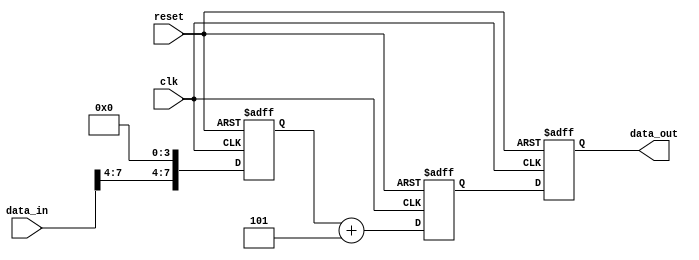
module shift_add_register (
    input wire clk,
    input wire reset,
    input wire [7:0] data_in,
    output reg [7:0] data_out
);

reg [7:0] shift_result;
reg [7:0] add_result;

// Sequential logic block for shifting the input data to the left by 3 positions
always @(posedge clk or posedge reset) begin
    if (reset) begin
        shift_result <= 8'b00000000;
    end else begin
        shift_result <= {data_in[4:7], 4'b0000};
    end
end

// Sequential logic block for adding a constant value of 5 to the shifted result
always @(posedge clk or posedge reset) begin
    if (reset) begin
        add_result <= 8'b00000000;
    end else begin
        add_result <= shift_result + 8'b00000101;
    end
end

// Assigning the output data as the shifted and added result
always @(posedge clk or posedge reset) begin
    if (reset) begin
        data_out <= 8'b00000000;
    end else begin
        data_out <= add_result;
    end
end

endmodule